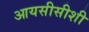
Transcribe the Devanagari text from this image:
आयसीसीशी